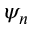
\psi _ { n }